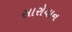
સારોયાન